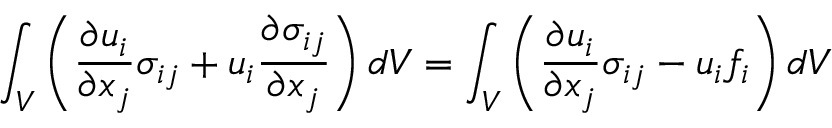
\int _ { V } \left( { \frac { \partial u _ { i } } { \partial x _ { j } } } \sigma _ { i j } + u _ { i } { \frac { \partial \sigma _ { i j } } { \partial x _ { j } } } \right) d V = \int _ { V } \left( { \frac { \partial u _ { i } } { \partial x _ { j } } } \sigma _ { i j } - u _ { i } f _ { i } \right) d V